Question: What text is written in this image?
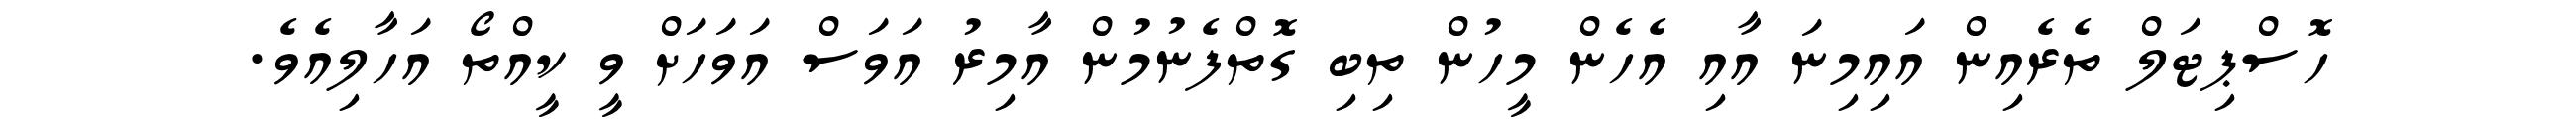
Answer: ހޮސްޕިޓަލް ތެރެއިން އައިމިނަ އާއި އެހެން މީހުން ތިބި ގޮތްފެނުމުން އާމިރު އަވަސް އަވަހަށް ވީ ކީއްތޯ އަހާލިއެވެ.